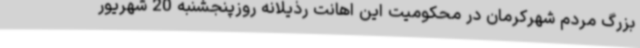
بزرگ مردم شهرکرمان در محکومیت این اهانت رذیلانه روزپنجشنبه 20 شهریور